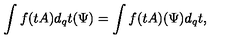
\int f ( t A ) d _ { q } t ( \Psi ) = \int f ( t A ) ( \Psi ) d _ { q } t ,